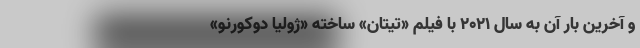
و آخرین بار آن به سال ۲۰۲۱ با فیلم «تیتان» ساخته «ژولیا دوکورنو»